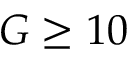
G \geq 1 0